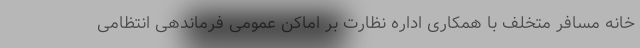
خانه مسافر متخلف با همکاری اداره نظارت بر اماکن عمومی فرماندهی انتظامی